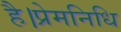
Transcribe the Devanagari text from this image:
है।प्रेमनिधि